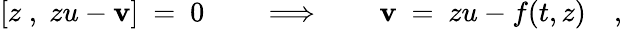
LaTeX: [z\; ,\; zu-\mathbf{v}]\ =\ 0\qquad\Longrightarrow\qquad\mathbf{v}\ =\ zu-f(t,z)\quad,